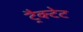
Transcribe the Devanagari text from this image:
ट्रैक्टेट